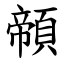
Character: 䫕